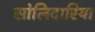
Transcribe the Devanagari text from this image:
सोलिदारिया